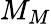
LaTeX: M_{M}